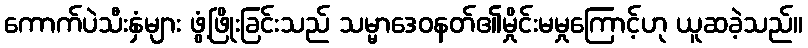
ကောက်ပဲသီးနှံများ ဖွံ့ဖြိုးခြင်းသည် သမ္မာဒေဝနတ်၏မှိုင်းမမှုကြောင့်ဟု ယူဆခဲ့သည်။